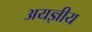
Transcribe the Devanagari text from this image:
अयज्ञीय